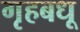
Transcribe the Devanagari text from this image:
गृहबधू